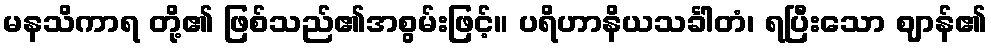
မနသိကာရ တို့၏ ဖြစ်သည်၏အစွမ်းဖြင့်။ ပရိဟာနိယသင်္ခါတံ၊ ရပြီးသော ဈာန်၏